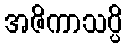
အဇိကာသပ္ပိ